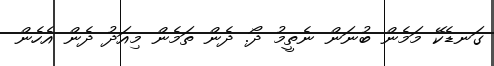
ގަނޑެކޭ މަމެން ބުނަން ނެތީމު ދޯ. ދެން ތަމެން މިއަދު ދެން އެހެން